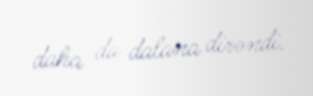
daha da dalana dirəndi.